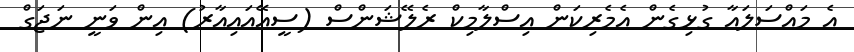
އެ މައްސަލައާ ގުޅިގެން އެމެރިކަން އިސްލާމިކް ރެލޭޝަންސް (ސީއޭއައިއާރު) އިން ވަނީ ނަޖަގް